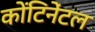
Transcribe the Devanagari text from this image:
कोंटिनेंटल